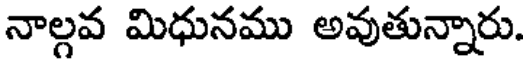
నాల్గవ మిధునము అవుతున్నారు.